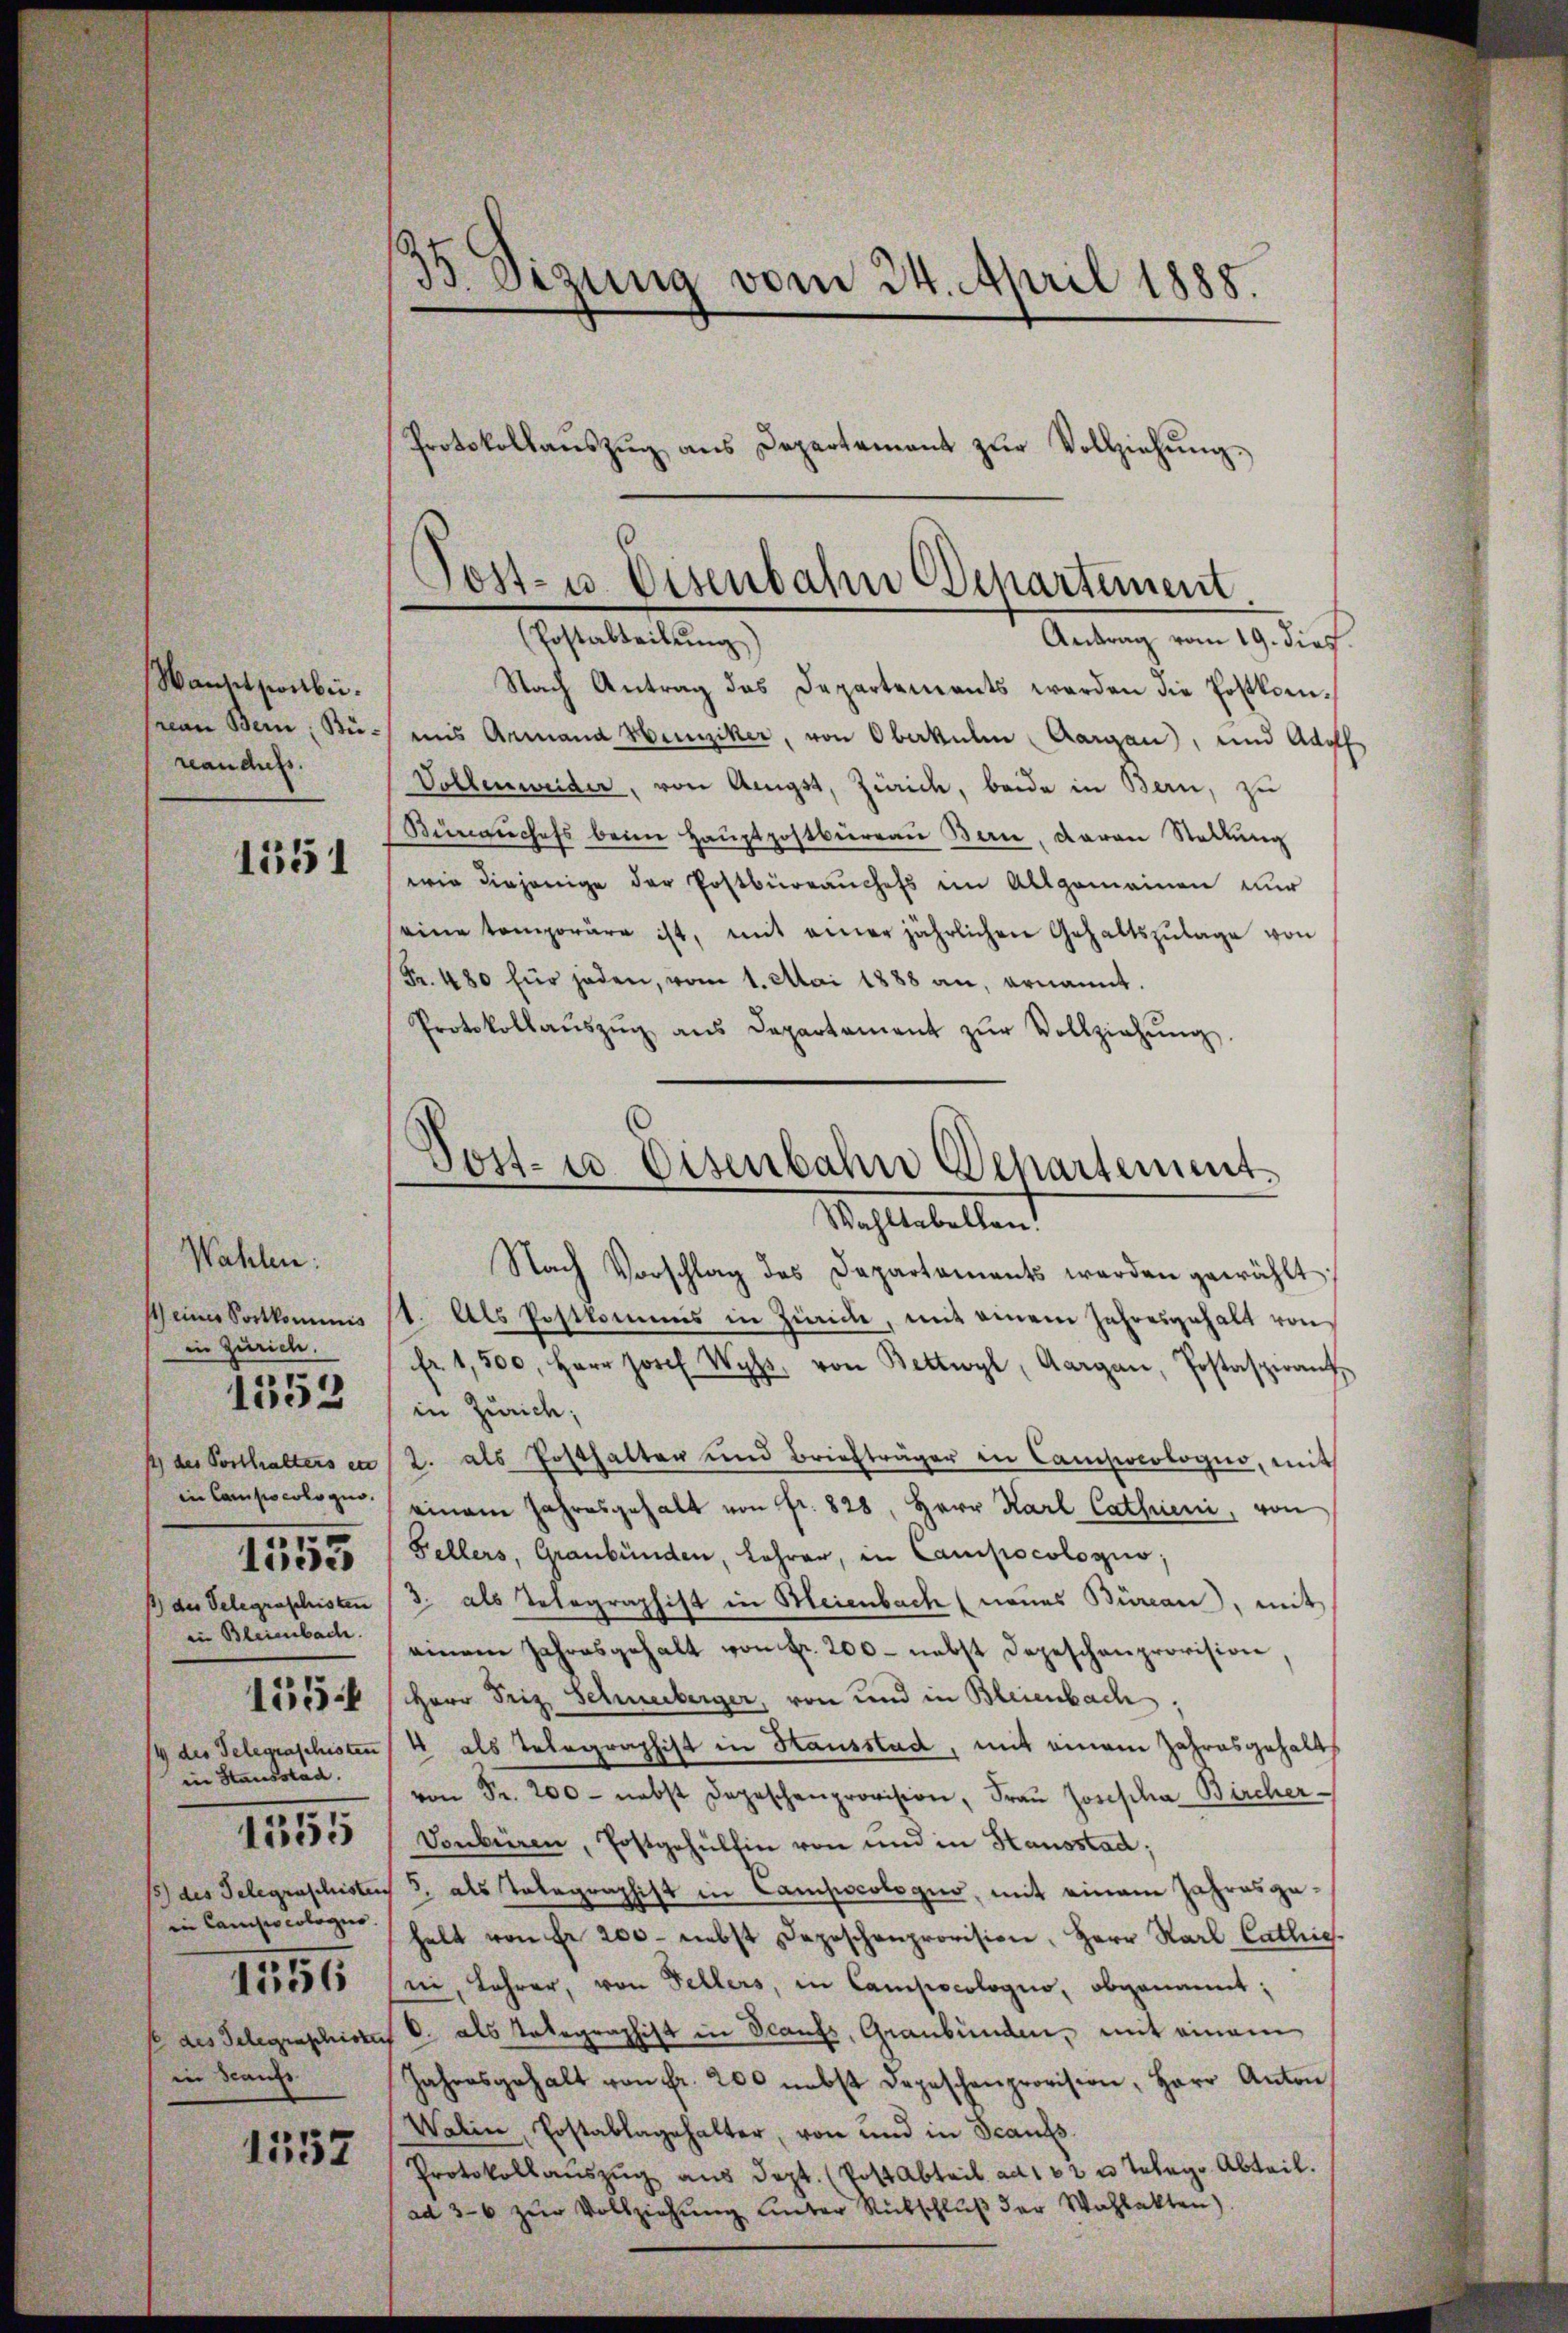
Wansit son bei.
rcan Bern, Büreanchefs

1551

Wahlen:
in Zürich.
in Bleienbach.
in Stausstad
in Camiso cologus
1556
in Staufs

1352

1555

1557

s
35 Sizung vom 24. April 1888.

Nach Antrag das Departements werden die Postkomains Armand Hunziker, von Oberkulin, Aargau, und Adolf
Vollenweider, von Aeugst, Zürich, beide in Bern, zu
Bürgschefs beim Haŭptpostbüreaŭ Ban, daran Stellung
wie diejenige der Postbüreaŭchefs im Allgemeinen nur
seine temporäre ist, mit einer jährlichen Gehaltszŭlage von
Fr. 480 für jeden, vom 1. Mai 1888 an, ernannt.
Protokollaŭszŭg ans Departament zŭr Vollziehŭng.

Protokollaŭszŭg ans Departement zŭr Vollziehŭng.

Post- u. Eisenbahn Departement
(Postabteilung)
Antrag vom 19. dies

Post- u. Eisenbahn Departement
Mahletallen

Nach Vorschlag des Departaments werden gewählt,
scheiner Satkommnis st. Als Postkommis in Zinid, mit einem Jahresgehalt von
fr 1,500, Herr Josef Wyl, von Bettwyl, Aargau, Postaspirant
in Zürich;
1 des Posthalters en / 2. als Posthalten und Briefträger in Campoeologno, mit
in Compocolo zu einem Jahresgehalt von fr. 828, Herr Karl Catheni, von
Fellers, Graubünden, Lehrer, in Campocologus;
au Gelegraphisan (3 als Telegraphist in Heienbach (naues Büreau), mit
einem Jahresgehalt von Fr. 200 - nebst Depeschenprovision,
11555 f 1 Herr Friz Schuberger, von und in Bleienbach;
4 des Telegraphisten 4 als Telegraphist in Hausstad, mit einem Jahresgehalts
von Fr. 200 - nebst Depeschenprovision, Fraŭ Josepha Bircher
151535 (Vonbüren, Postgehalten von und in Stausstad;
Ides Telegraschisten 5. als Talagraphist in Campscologus, mit einem Jahresgehelt von Fr. 200 nebst Depeschenprovision, Herr Karl Cathie
ii, Lehrer, von Fellers, in Campocologio, obgenannt;
 des Telegraschises C. als Telegraphist in Scanfs, Graubünden, mit einem
Jahresgehalt von fr. 200 nebst Depeschenprovision, Herr Anton
Walin, Erstablagehalter, von und in Beaufs
Protokoll aŭszŭg aŭs dept. (Post Abteil ad 102 u. Telege Abteil.
ad 36 zŭr Vollziehŭng unter Rückschluß der Wahlakten)